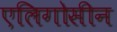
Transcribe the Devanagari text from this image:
एलिगोसीन